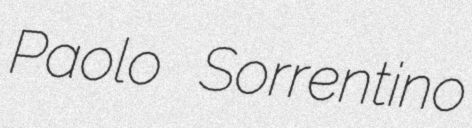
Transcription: Paolo Sorrentino